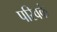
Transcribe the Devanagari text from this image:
परिवकं